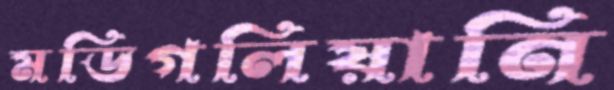
মডিগলিয়ানি